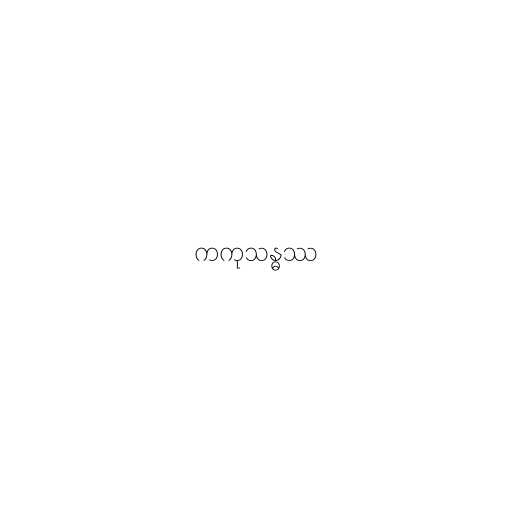
ကကုသန္ဓဿ